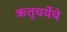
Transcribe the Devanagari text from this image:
ऋतुचर्येचे